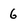
Character: 6